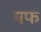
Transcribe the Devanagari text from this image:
यफ